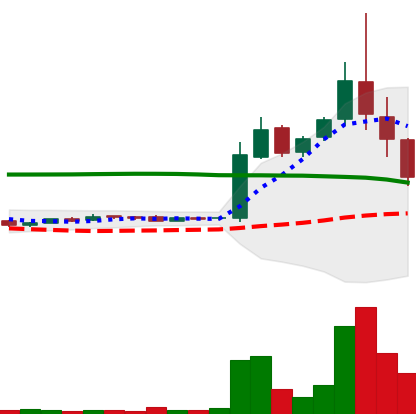
Ticker: LTC-USD
Chart end date: 2015-11-06
Forward return: -16.308%
Label: down_7plus